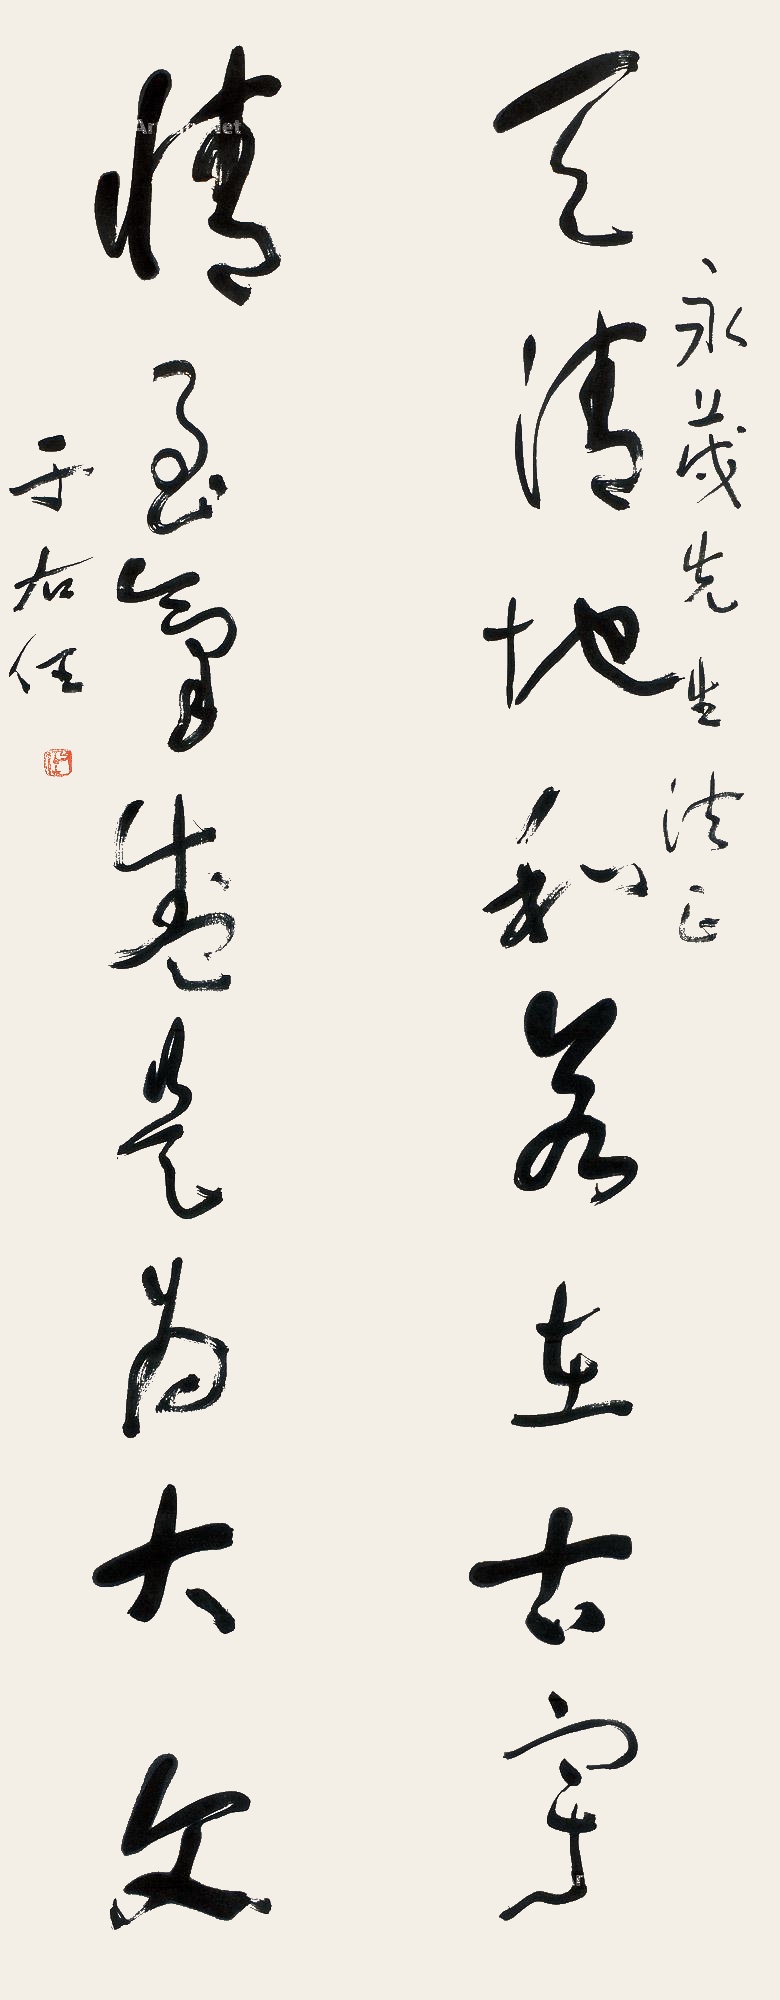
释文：天清地和若在古宇，情至气盛是为大文。永茂先生法正，于右任。